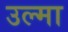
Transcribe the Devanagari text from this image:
उल्मा